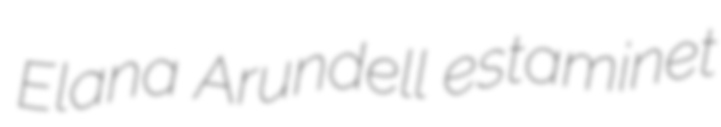
Elana Arundell estaminet